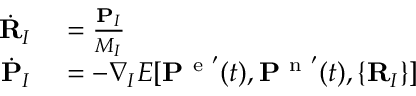
\begin{array} { r l } { \dot { \mathbf { R } } _ { I } } & { { } = \frac { \mathbf { P } _ { I } } { M _ { I } } } \\ { \dot { \mathbf { P } } _ { I } } & { { } = - \boldsymbol { \nabla } _ { I } E [ \mathbf { P } ^ { \mathrm { ~ e ~ } ^ { \prime } } ( t ) , \mathbf { P } ^ { \mathrm { ~ n ~ } ^ { \prime } } ( t ) , \{ \mathbf { R } _ { I } \} ] } \end{array}